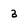
Character: 3